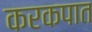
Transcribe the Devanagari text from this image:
करकपात